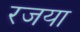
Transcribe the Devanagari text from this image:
रजया